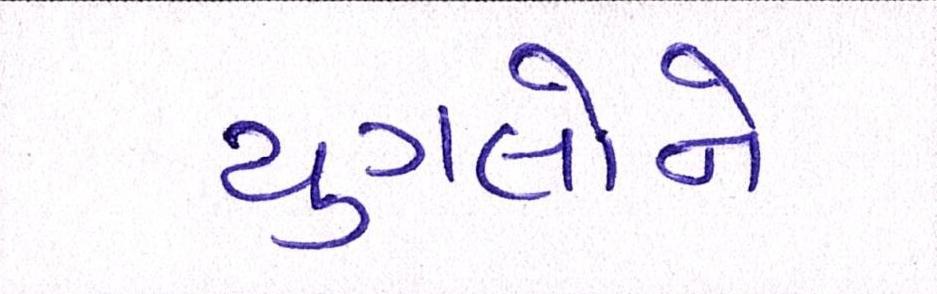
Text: યુગલોને